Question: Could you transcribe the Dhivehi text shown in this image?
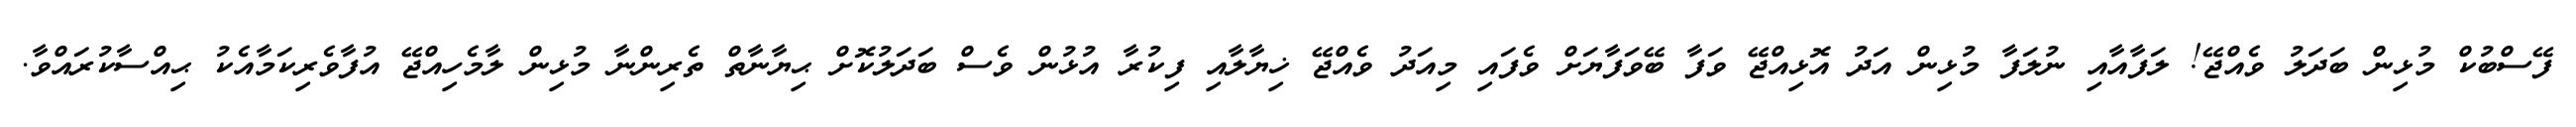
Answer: ފޭސްބުކް މުޅިން ބަދަލު ވެއްޖޭ! ލަފާއާއި ނުލަފާ މުޅިން އަދު އޮޅިއްޖޭ ވަފާ ބޭވަފާޔަށް ވެފައި މިއަދު ވެއްޖޭ ޚިޔާލާއި ފިކުރާ އުޅުން ވެސް ބަދަލުކޮށް ޙިޔާނާތް ތެރިންނާ މުޅިން ލާމެހިއްޖޭ އުފާވެރިކަމާއެކު ޙިއްސާކުރައްވާ.